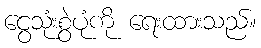
ငွေသုံးစွဲပုံကို ရေးထားသည်။